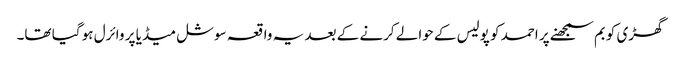
گھڑی کو بم سمجھنے پر احمد کو پولیس کے حوالے کرنے کے بعد یہ واقعہ سوشل میڈیا پر وائرل ہو گیا تھا۔